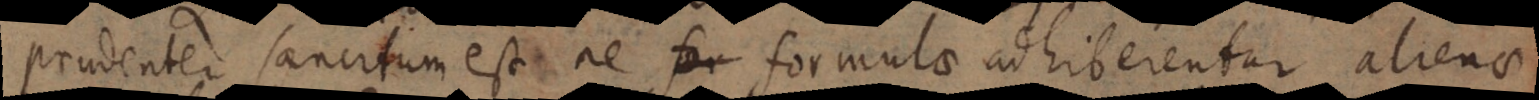
prudenter sancitum est ne formulae adhiberentur alienae